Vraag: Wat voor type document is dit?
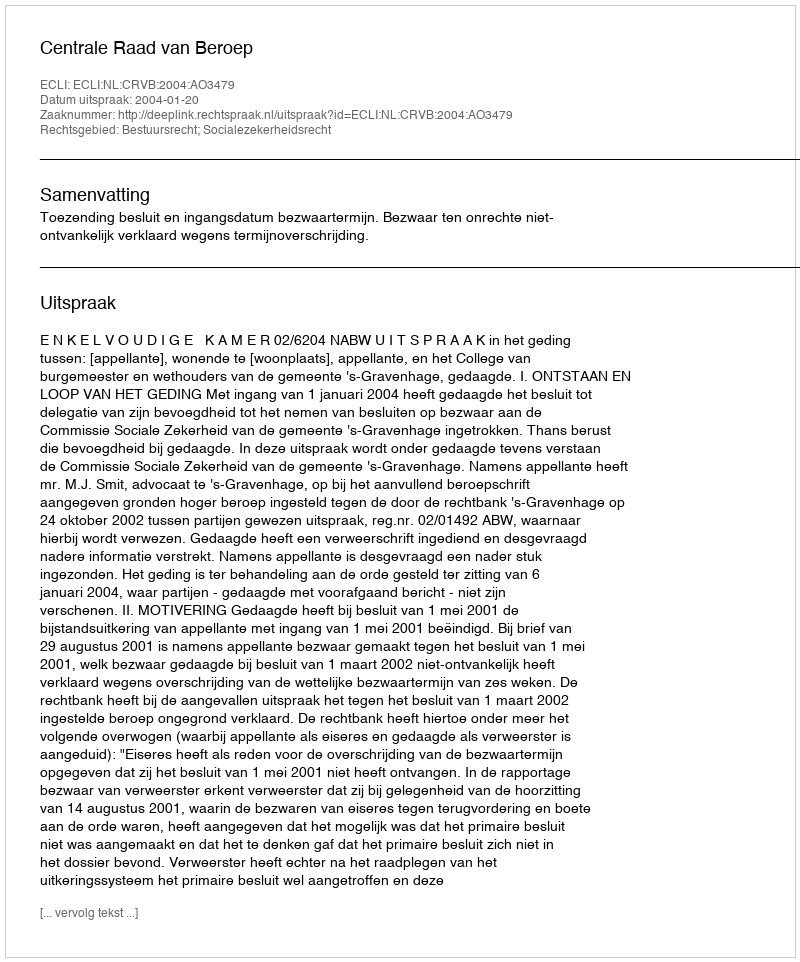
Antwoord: Uitspraak